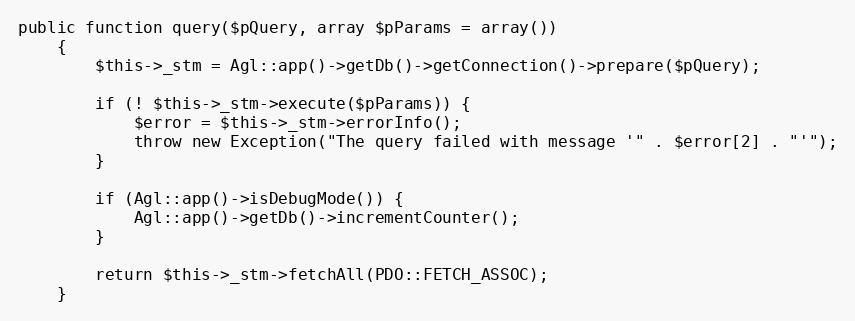
Language: PHP
public function query($pQuery, array $pParams = array())
    {
        $this->_stm = Agl::app()->getDb()->getConnection()->prepare($pQuery);

        if (! $this->_stm->execute($pParams)) {
            $error = $this->_stm->errorInfo();
            throw new Exception("The query failed with message '" . $error[2] . "'");
        }

        if (Agl::app()->isDebugMode()) {
            Agl::app()->getDb()->incrementCounter();
        }

        return $this->_stm->fetchAll(PDO::FETCH_ASSOC);
    }